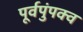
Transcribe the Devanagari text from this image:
पूर्वपुंपक्व